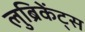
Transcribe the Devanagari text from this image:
लुब्रिकेंट्स